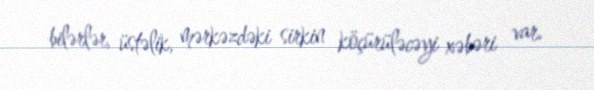
bilərlər, üstəlik, mərkəzdəki sirkin köçürüləcəyi xəbəri var.